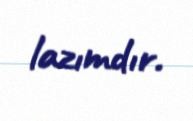
lazımdır.